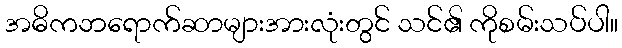
အဓိကဘရောက်ဆာများအားလုံးတွင် သင်၏ ကိုစမ်းသပ်ပါ။